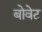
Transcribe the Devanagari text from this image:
बोवेट